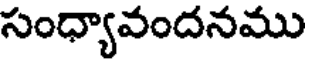
సంధ్యావందనము